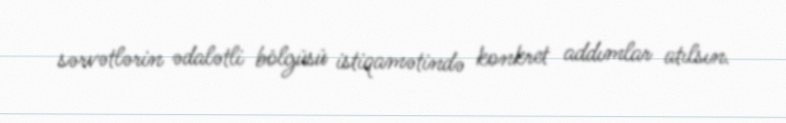
sərvətlərin ədalətli bölgüsü istiqamətində konkret addımlar atılsın.